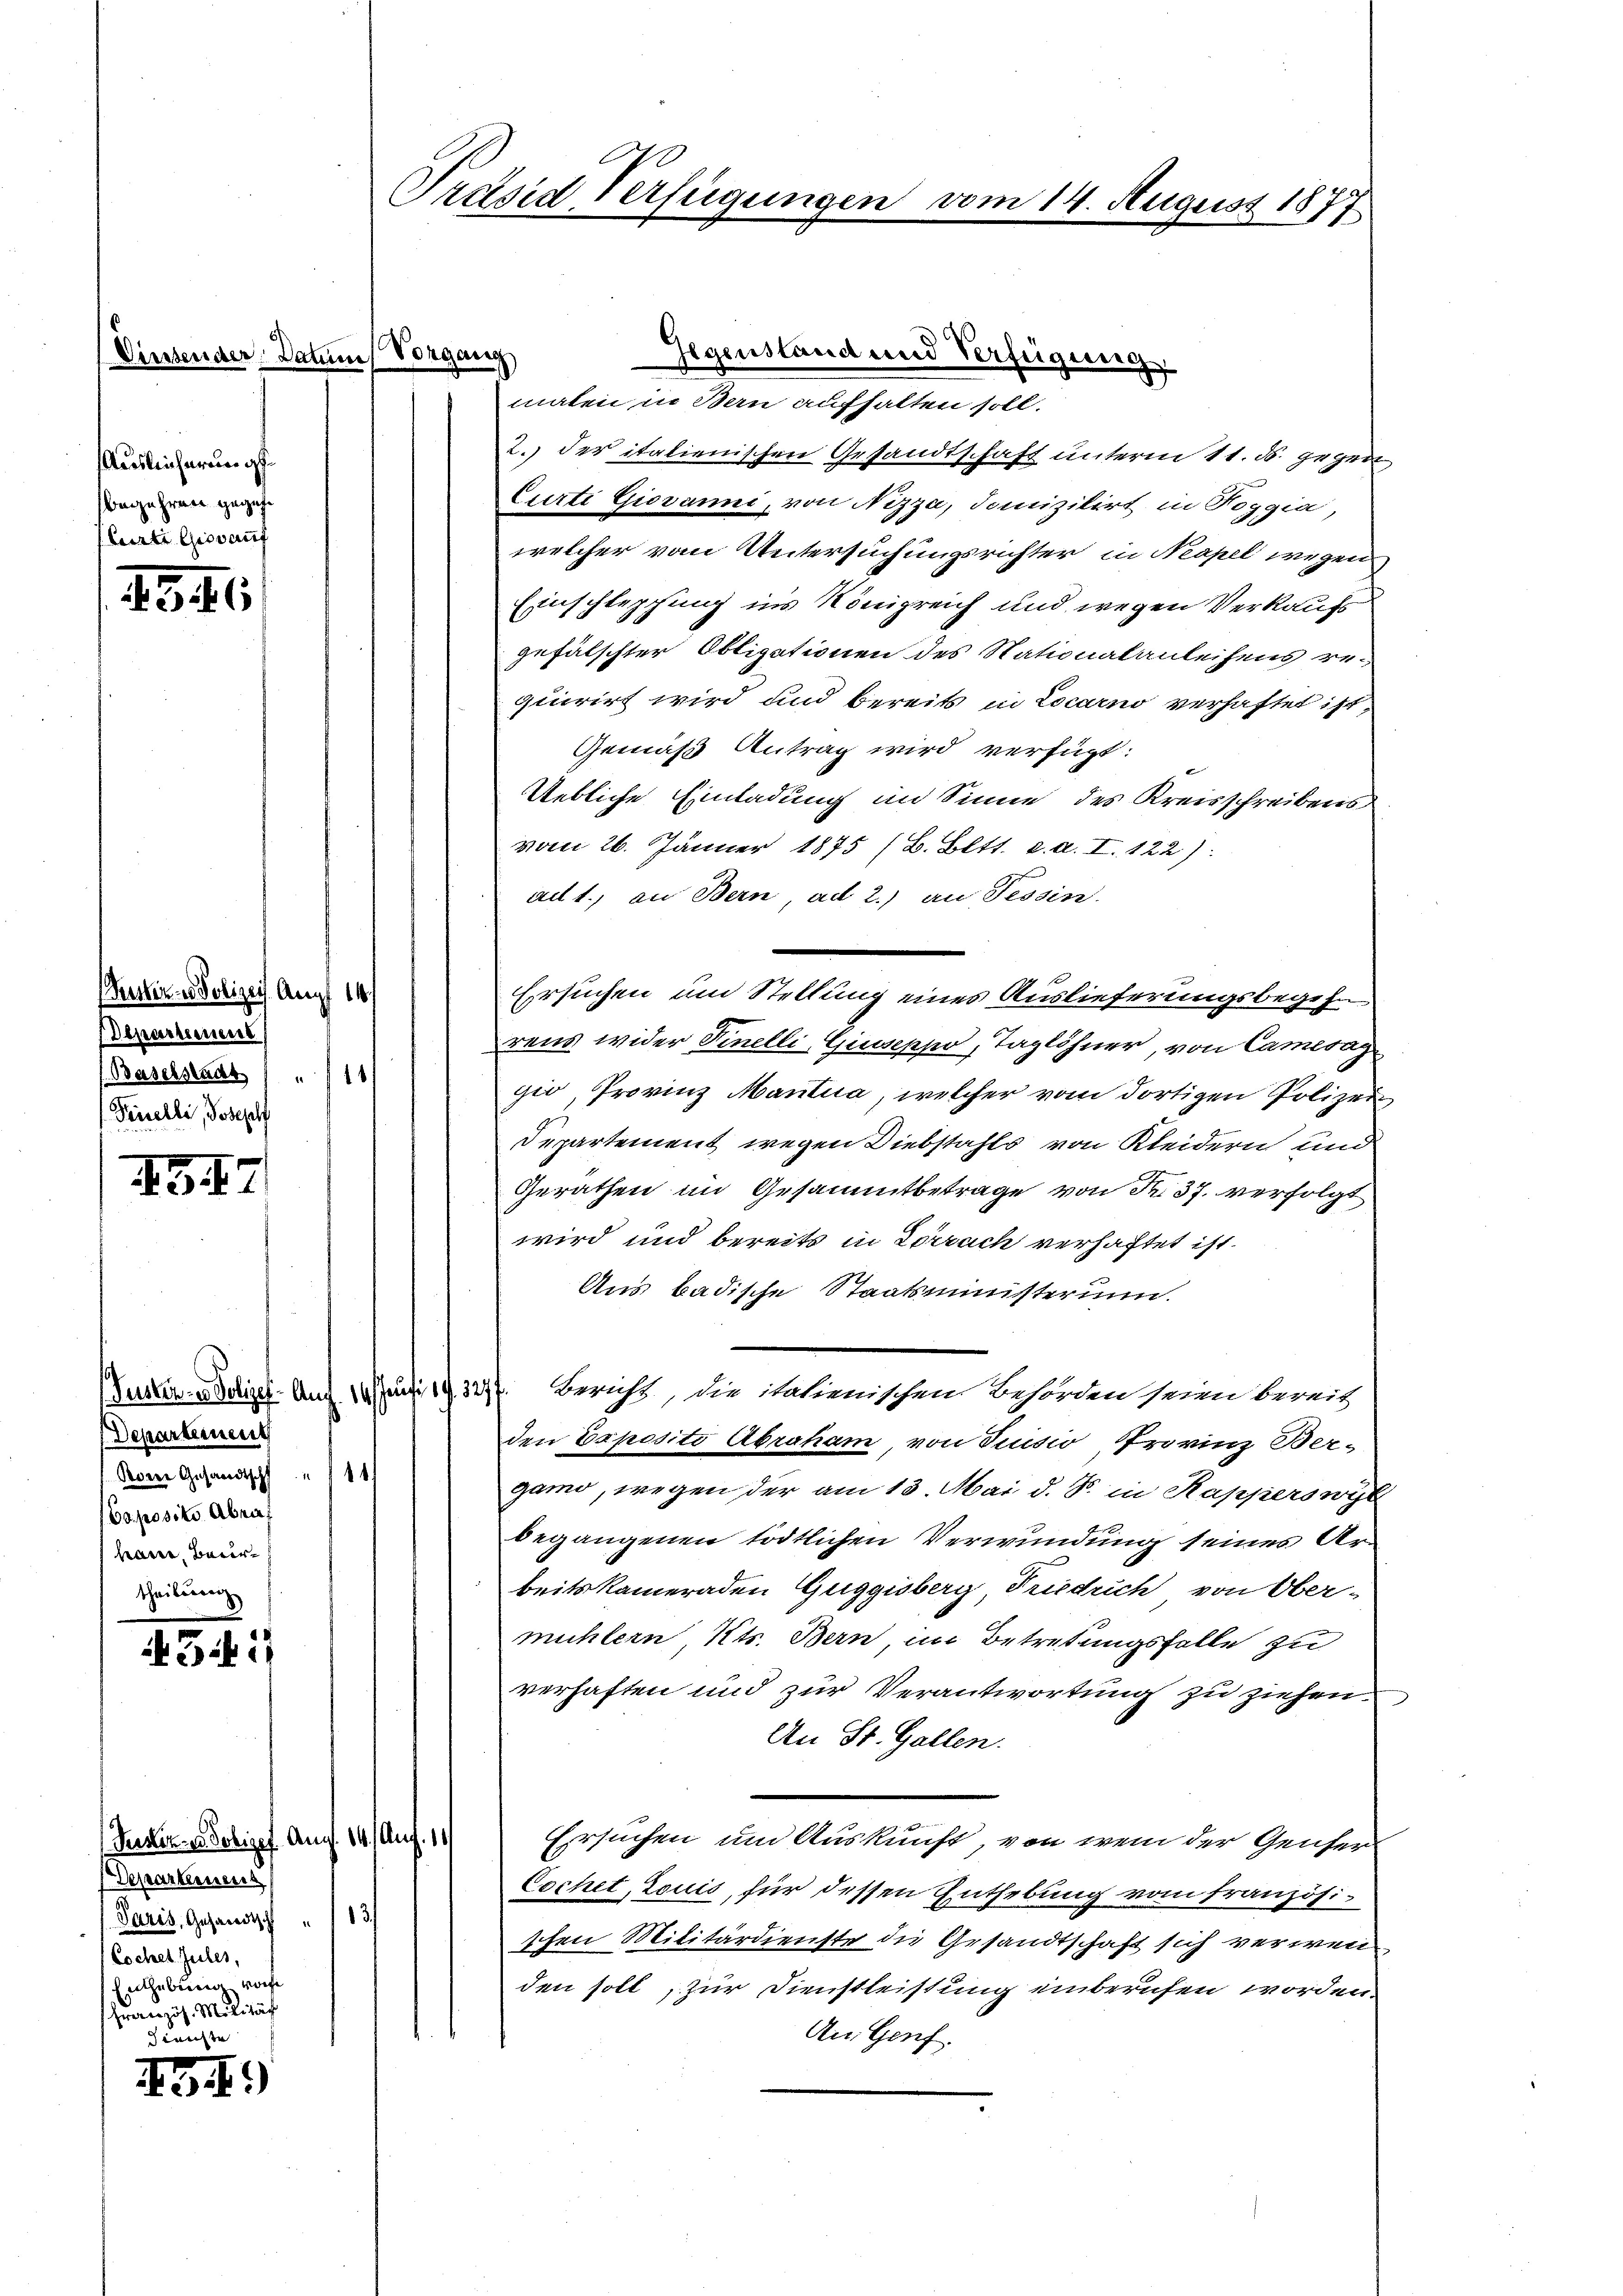
(Diessender Dat

346

AG 47

43i

43 f.)

Auslicherungs
begehren gegebe
Caerte Giovauf

Präsid Verfügungen

in Vorgang
malen in Bern aufhalten soll.
2.) der italienischen Gesandtschaft unterm 11. ds. gegen
Curti Giovanni, von Nizza, Jamizilirt in Roggia,
welcher vom Untersuchungsrichter in Neapel wegen
Einschlepfung ins Königreich und wegen Verkaufs
gefälschter Obligationen des Nationalanleihens requirirt wird und bereits in Locarno verhaftet ist,
Gemäß Antrag wird verfügt:
Uebliche Einladung im Sinne des Kreisschreibens
vom 26. Jänner 1875 (B. Bett. e. a. I. 122).
ad 1., an Bern, ad 2.) an Tessin.
Ersuchen um Stellung eines Auslieferungsbegehe
rens wider Finelli, Giuseppo, Taglöhner, von Cameray
gio, Provinz Mantua, welcher vom dortigen Polizei
Departement wegen Diebstahls von Kleidern und
Geräthen im Gesammtbetrage von Fr. 37. verfolgt
wird und bereits in Zerruch verhaftet ist.
Aus badische Staatsministerium.
Puster-Schipel. Auf 10 Juli 193277. Bericht, die italienischen Behörden seine bereit
den Exposito Abraham, von Tusio, Trovinz Bergano, wegen der am 13. Mai d. J. in Kapperswyl
begangenen tödtlichen Verwundung seines Arbeitskameraden Guggisberg, Friedrich von Ober-
mühlern, Kts. Bern, im Betretungsfalle zu
verhaften und zur Verantwortung zu ziehen.
An St. Gallen.
Ersuchen um Auskunft, von wem der Genfer
Cochet, Louis, für dessen Enthebung vom Französischen Militärdienste die Gesandtschaft sich verwenden soll, zur Dienstleistung einberufen worden.
An Genf.

Pitter u. Polizeis. Aug. 14
Departement
(Baselsenat 11
Finelli, Joseph

Puster u. Polizef. Aug. 14. Aug. 14
Departennens
Paris, Gesandtsch " 83
Cochet Jules,
EGebung vorge
Französ. Militär
Gerichte

Departement
Rom Gesandtschf" 114
(Coposito Abrat
haue Beurtheilung

Gegenstand und Verfügung

vom 14. August 1877